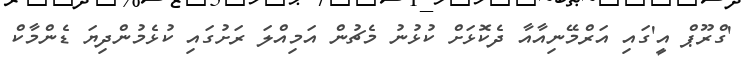
'ގްރޫޕް އީ'ގައި އަރްމޭނިއާއާ ދެކޮޅަށް ކުޅުނު މެޗުން އަމިއްލަ ރަށުގައި ކުޅެމުންދިޔަ ޑެންމާކް